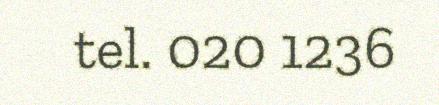
tel. 020 1236